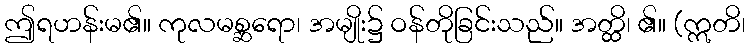
ဤရဟန်းမ၏။ ကုလမစ္ဆရော၊ အမျိုး၌ ဝန်တိုခြင်းသည်။ အတ္ထိ၊ ၏။ (ဣတိ၊